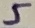
Text: 5